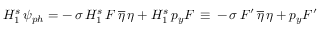
H _ { 1 } ^ { s } \, \psi _ { p h } = - \, \sigma \, H _ { 1 } ^ { s } \, F \, \overline { { { \eta } } } \, \eta + H _ { 1 } ^ { s } \, p _ { y } F \, \equiv \, - \, \sigma \, F ^ { \prime } \, \overline { { { \eta } } } \, \eta + p _ { y } F ^ { \prime }